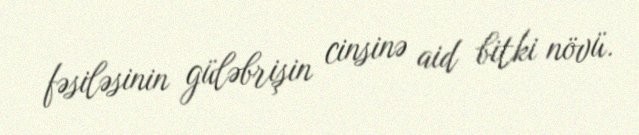
fəsiləsinin güləbrişin cinsinə aid bitki növü.